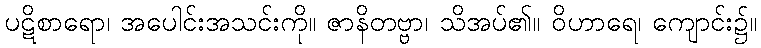
ပဋိစာရော၊ အပေါင်းအသင်းကို။ ဇာနိတဗ္ဗာ၊ သိအပ်၏။ ဝိဟာရေ၊ ကျောင်း၌။